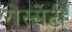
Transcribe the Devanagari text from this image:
रोस्सेटी